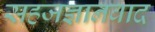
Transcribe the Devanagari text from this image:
सहजज्ञानवाद